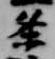
条